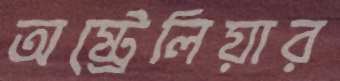
অষ্ট্রেলিয়ার